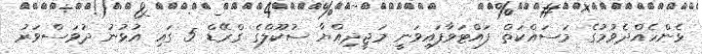
ޅެންހެއްދެވުމުގެ މަސައްކަތް ފައްޓަވާފައިވަނީ މަޖީދިއްޔާ ސުކޫލްގެ ގްރޭޑް 5 ގައި އުޅުނު ދުވަސްވަރު